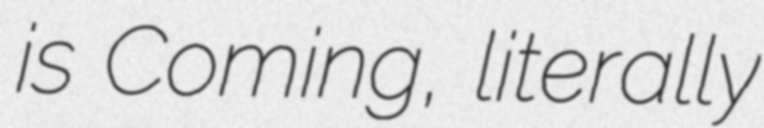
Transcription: is Coming, literally